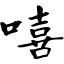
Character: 嘻